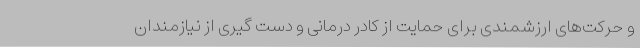
و حرکت‌های ارزشمندی برای حمایت از کادر درمانی و دست گیری از نیازمندان